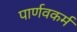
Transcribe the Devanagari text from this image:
पार्णवकर्म